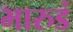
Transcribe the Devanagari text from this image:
भारुडं